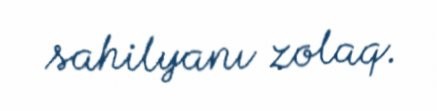
sahilyanı zolaq.